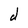
Character: d